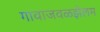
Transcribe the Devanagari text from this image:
गावाजवळझेलम